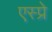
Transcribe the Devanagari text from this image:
एस्प्रे